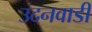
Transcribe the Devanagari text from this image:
उदनवाडी